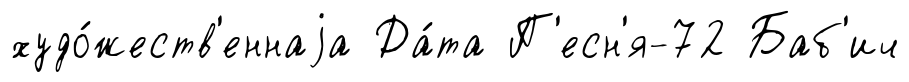
худо́жеств'еннаjа Да́та П'есн'я-72 Баб'ич